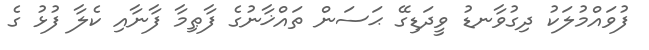
ފުވައްމުލަކު ދިގުވާނޑު ވީދަޑިގޭ ޙަސަން ތައްޚާނުގެ ފާޠިމާ ފާނާއި ކެލާ ފުޅު ގެ